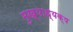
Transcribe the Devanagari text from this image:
मुख्याध्यक्ष